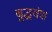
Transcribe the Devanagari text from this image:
बुद्धवंश